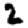
Digit: 2